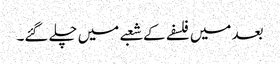
بعد میں فلسفے کے شعبے میں چلے گئے۔